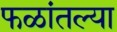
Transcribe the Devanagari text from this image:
फळांतल्या